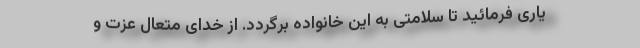
یاری فرمائید تا سلامتی به این خانواده برگردد. از خدای متعال عزت و